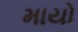
માયો